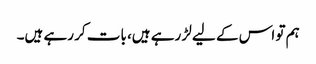
ہم تو اس کے لیے لڑ رہے ہیں، بات کر رہے ہیں۔